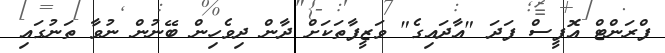
ފްރަންޓް އޮފީސް ފަދަ "އާދައިގެ" ވަޒީފާތަކަށް ދާން ދިވެހިން ބޭނުން ނުވާ ތަނުގައި